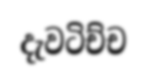
දැවටිච්ච